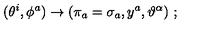
( \theta ^ { i } , \phi ^ { a } ) \rightarrow ( \pi _ { a } = \sigma _ { a } , y ^ { a } , \vartheta ^ { \alpha } ) \ ;